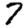
Digit: 7